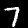
Label: 7